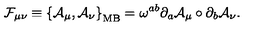
{ \mathcal { F } } _ { \mu \nu } \equiv \left\{ { \mathcal { A } } _ { \mu } , { \mathcal { A } } _ { \nu } \right\} _ { \mathrm { M B } } = \omega ^ { a b } \partial _ { a } { \mathcal { A } } _ { \mu } \circ \partial _ { b } { \mathcal { A } } _ { \nu } .